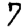
Digit: 7